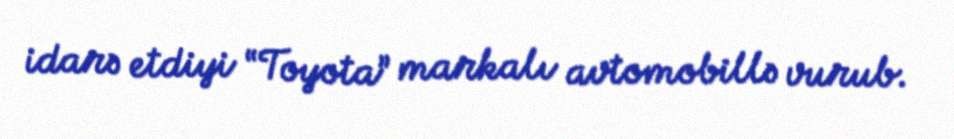
idarə etdiyi “Toyota” markalı avtomobillə vurub.